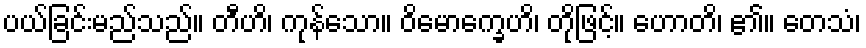
ပယ်ခြင်းမည်သည်။ တီဟိ၊ ကုန်သော။ ဝိမောက္ခေဟိ၊ တိုဖြင့်။ ဟောတိ၊ ၏။ တေသံ၊